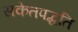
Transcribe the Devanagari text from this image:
सकेतपद्धति